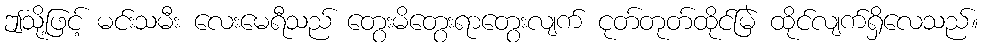
ဤသို့ဖြင့် မင်းသမီး လေးမေရီသည် တွေးမိတွေးရာတွေးလျက် ငုတ်တုတ်ထိုင်မြဲ ထိုင်လျက်ရှိလေသည်။